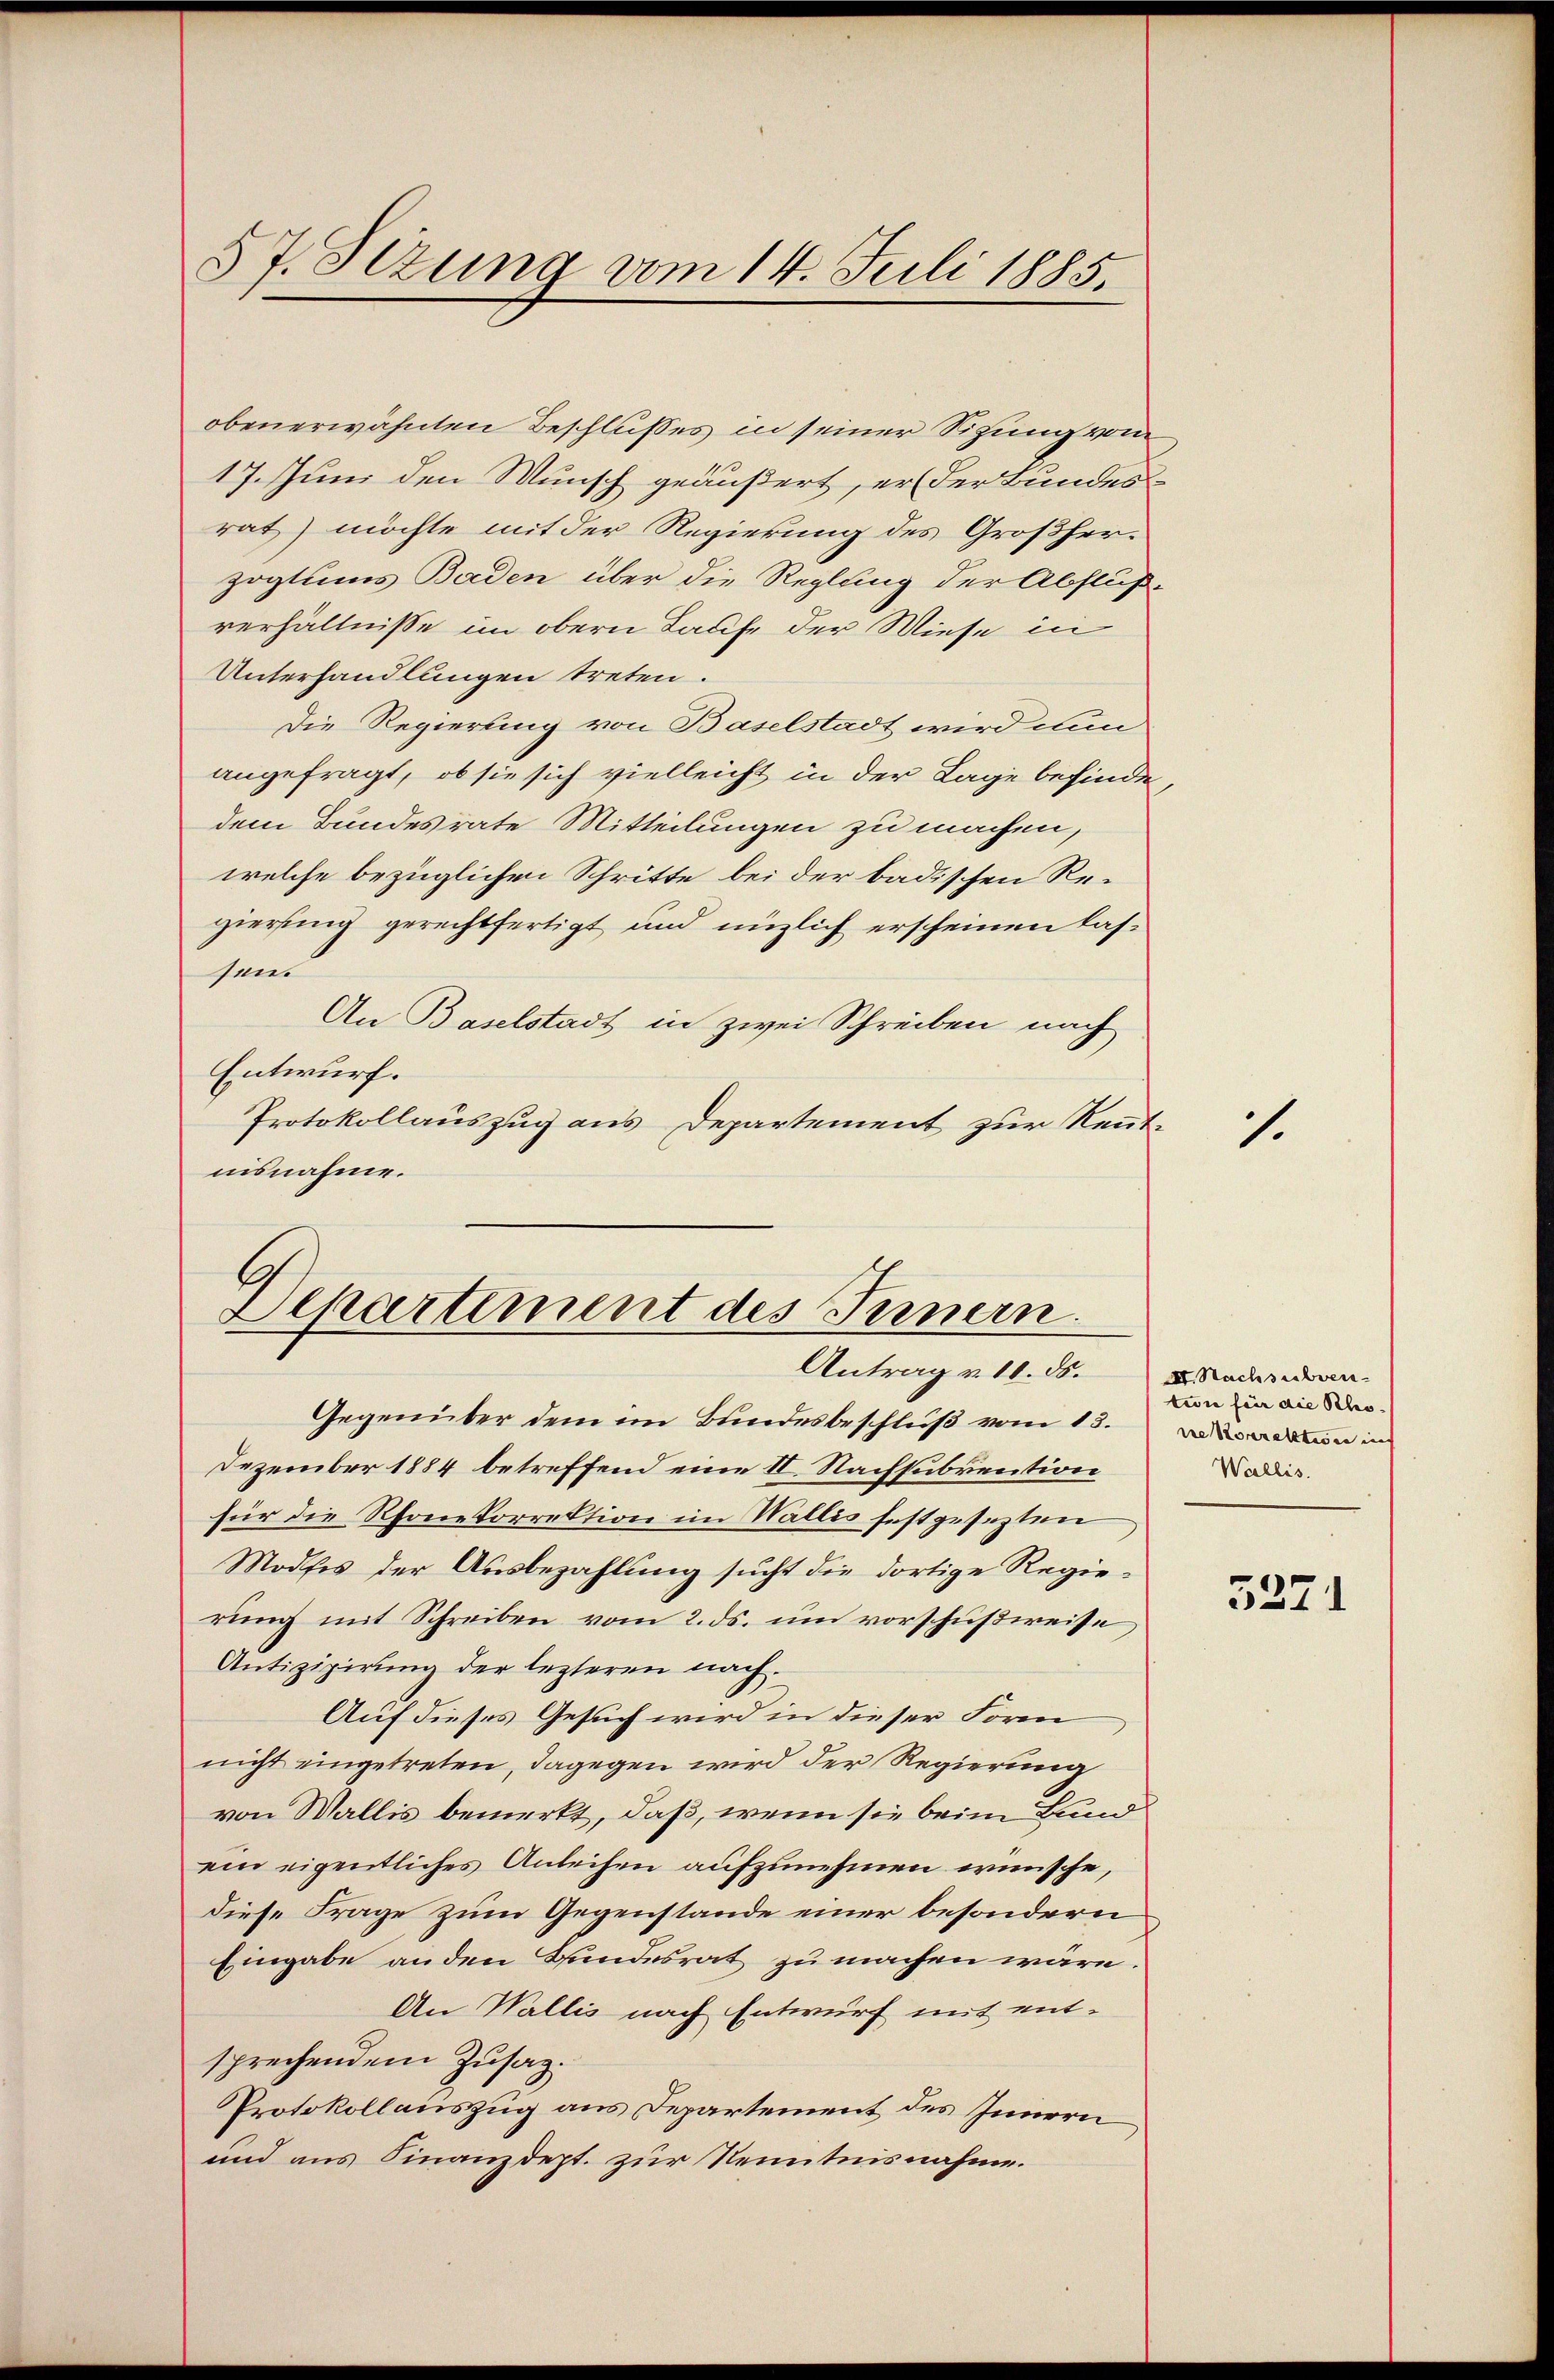
57. Stzung vom 14. Juli 1885.

obenerwähnten Beschlusses in seiner Sitzung vom
17. Juni den Wunsch geäußert, er der Bundesrat) möchte mit der Regierung des Großherzogtums Baden über die Reglung der Abfluß-
verhältnisse im obern Laufe der Wiese in
Unterhandlungen treten.
Die Regierung von Baselstadt wird nun
angefragt, ob sie sich vielleicht in der Lage befinden,
dem Bundesrate Mitteilungen zu machen,
welche bezüglichen Schritte bei der badischen Regierung gerechtfertigt und nüzlich erscheinen lassen.
An Baselstadt in zwei Schreiben nach
Entwurf.
Protokollauszug aus Departement zur Rentnisnahme.

Departement des Innern.
Antrag v. 10. ds.

Gegenüber dem im Bundesbeschluß vom 13.
Dezember 1884 betreffend eine II. Nachsubvention
für die Rhonekorrektion im Wallis festgesezten
Modfis der Ausbezahlung sucht die dortige Regierung mit Schreiben vom 2. ds. um vorschußweise
Antizipirung der lezteren nach.
Auf dieses Gesuch wird in dieser Form
nicht eingetreten, dagegen wird der Regierung
von Wallis bemerkt, daß, wenn sie beim Bund
ein eigentliches Anleihen aufzunehmen wünsche,
diese Frage zum Gegenstande einer besondern
Eingabe anden Bundesrat zu machen wäre.
An Wallis nach Entwurf mit ent-
sprechendem Zusatz.
Protokollauszug aus Departement des Innern
und aus Finanzdept. zur Kenntnisnahme.

1

II. Nachsubven-
tion für die Pho-
ve Vornalsteren in
Wallis.

3271